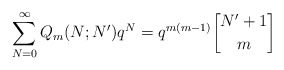
\begin{align*}\sum_{N=0}^{\infty}Q_m(N;N')q^N=q^{m(m-1)}{N'+1\atopwithdelims[] m}\end{align*}